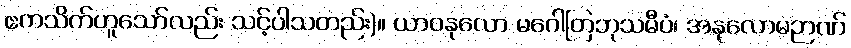
ဧကသိက်ဟူသော်လည်း သင့်ပါသတည်း)။ ယာဝနုလော မဂေါတြဘုသမီပံ၊ အနုလောမဉာဏ်